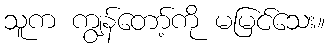
သူက ကျွန်တော့်ကို မမြင်သေး။